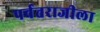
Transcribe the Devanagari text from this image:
पर्वतराजीला